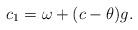
LaTeX: \begin{align*}c_1=\omega+(c-\theta) g.\end{align*}